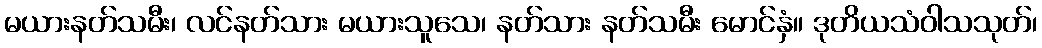
မယားနတ်သမီး၊ လင်နတ်သား မယားသူသေ၊ နတ်သား နတ်သမီး မောင်နှံ။ ဒုတိယသံဝါသသုတ်၊